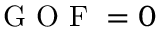
\mathrm { ~ G ~ O ~ F ~ } = 0